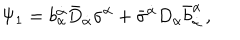
LaTeX: \Psi _ { 1 } = b _ { \alpha } ^ { \dot { \alpha } } \bar { D } _ { \dot { \alpha } } \sigma ^ { \alpha } + \bar { \sigma } ^ { \dot { \alpha } } D _ { \alpha } \bar { b } _ { \dot { \alpha } } ^ { \alpha } \, ,